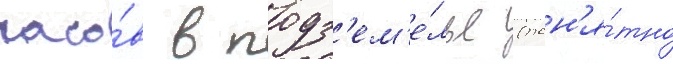
часо́в в подз'ем'е́лье (пон'я́тно